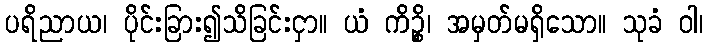
ပရိညာယ၊ ပိုင်းခြား၍သိခြင်းငှာ။ ယံ ကိဉ္စိ၊ အမှတ်မရှိသော။ သုခံ ဝါ၊